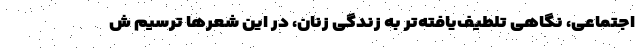
اجتماعی، نگاهی تلطیف‌یافته‌تر به زندگی زنان، در این شعرها ترسیم ش